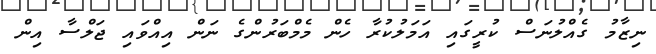
ނިޒާމު ގެއްލުނަސް ކުރީގައި އަމަލުކުރާ ހެން މެމްބަރުންގެ ނަން އިއްވައި ޖަލްސާ އިން